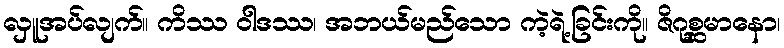
လှူအပ်လျက်။ ကိဿ ဝါဒဿ၊ အဘယ်မည်သော ကဲ့ရဲ့ခြင်းကို။ ဇိဂုစ္ဆမာနော၊